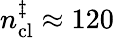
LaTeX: n_{\mathrm{cl}}^{\ddagger}\approx 120